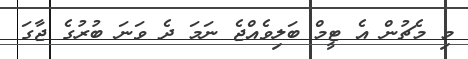
މި މެޗުން އެ ޓީމް ބަލިވެއްޖެ ނަމަ ދެ ވަނަ ބުރުގެ ޖާގަ